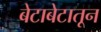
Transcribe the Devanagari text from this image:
बेटाबेटातून